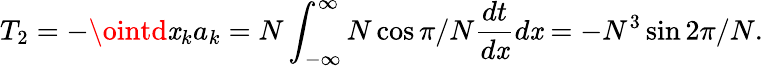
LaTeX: T_{2}=-\ointd\mathit{x}_{k}a_{k}=N\int_{-\infty}^{\infty}N\cos\pi/N\frac{{dt}}{{d\mathit{x}}}d\mathit{x}=-N^{3}\sin2\pi/N.